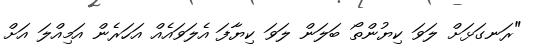
"ރަނގަޅަށް ލަވަ ކިޔުންތޯ ބަލަން ލަވަ ކިޔާފަ އެލަވައެއް އަހަރެން އަމިއްލަ އަށް